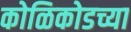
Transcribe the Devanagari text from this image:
कोळिकोडच्या